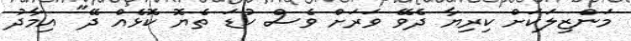
މަންޒިލަކަށް ކިރިޔާ ދެވޭ ވަރަށް ވެސް ކުޑަ ތެޔޮ ކޮޅެއް ދޭ" އިމާދު